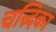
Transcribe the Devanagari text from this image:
चन्र्दिका